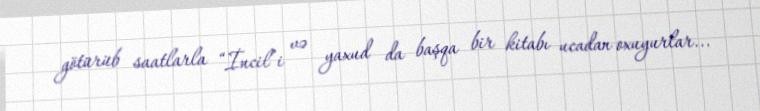
götürüb saatlarla “İncil”i və yaxud da başqa bir kitabı ucadan oxuyurlar...